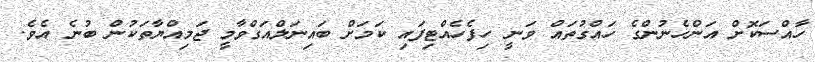
ހާއްސަކޮށް އަންހެނުންގެ ހައްގުތައް ވަނީ ހިފެހެއްޓިފައި ކަމަށް ބައިނަލްއަގްވާމީ ޖަމިއްޔާތަކުން ބުނެ އެވެ.